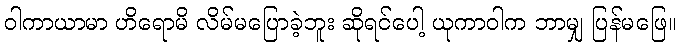
ဝါကာယာမာ ဟိရောမိ လိမ်မပြောခဲ့ဘူး ဆိုရင်ပေါ့ ယုကာဝါက ဘာမျှ ပြန်မဖြေ။